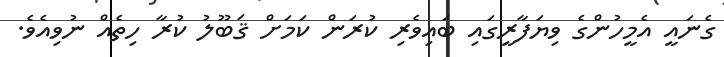
ގެނައީ އެމީހުންގެ ވިޔަފާރީގައި ބައިވެރި ކުރަން ކަމަށް ޤަބޫލު ކުރާ ހިތެއް ނުވިއެވެ.